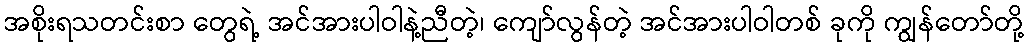
အစိုးရသတင်းစာ တွေရဲ့ အင်အားပါဝါနဲ့ညီတဲ့၊ ကျော်လွန်တဲ့ အင်အားပါဝါတစ် ခုကို ကျွန်တော်တို့